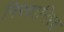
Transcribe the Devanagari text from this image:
निरवानिरव